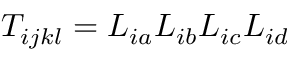
T _ { i j k l } = L _ { i a } L _ { i b } L _ { i c } L _ { i d }